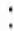
: